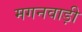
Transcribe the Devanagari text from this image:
मगनवाड़ी